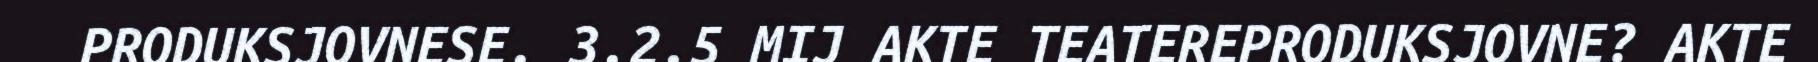
PRODUKSJOVNESE. 3.2.5 MIJ AKTE TEATEREPRODUKSJOVNE? AKTE